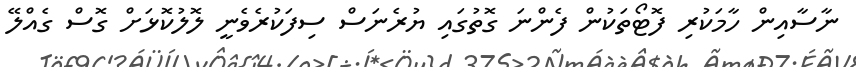
ނާސާއިން ހާމަކުރި ފޮޓޯތަކުން ފެންނަ ގޮތުގައި ޔުރެނަސް ސިފަކުރެވެނީ ލޮލުކޮޅަށް ގޮސް ގެއްލޭ